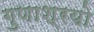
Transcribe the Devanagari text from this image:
गुणाश्रयो